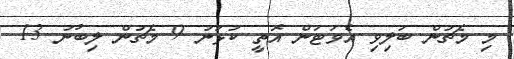
މި މެޗުން ބަލިވި އެވަޓަން އޮތީ ކުޅުނު 9 މެޗުން ލިބުނު 13